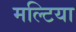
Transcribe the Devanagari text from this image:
मल्टिया